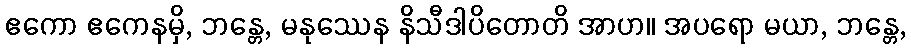
ဧကော ဧကေနမှိ, ဘန္တေ, မနုဿေန နိသီဒါပိတောတိ အာဟ။ အပရော မယာ, ဘန္တေ,